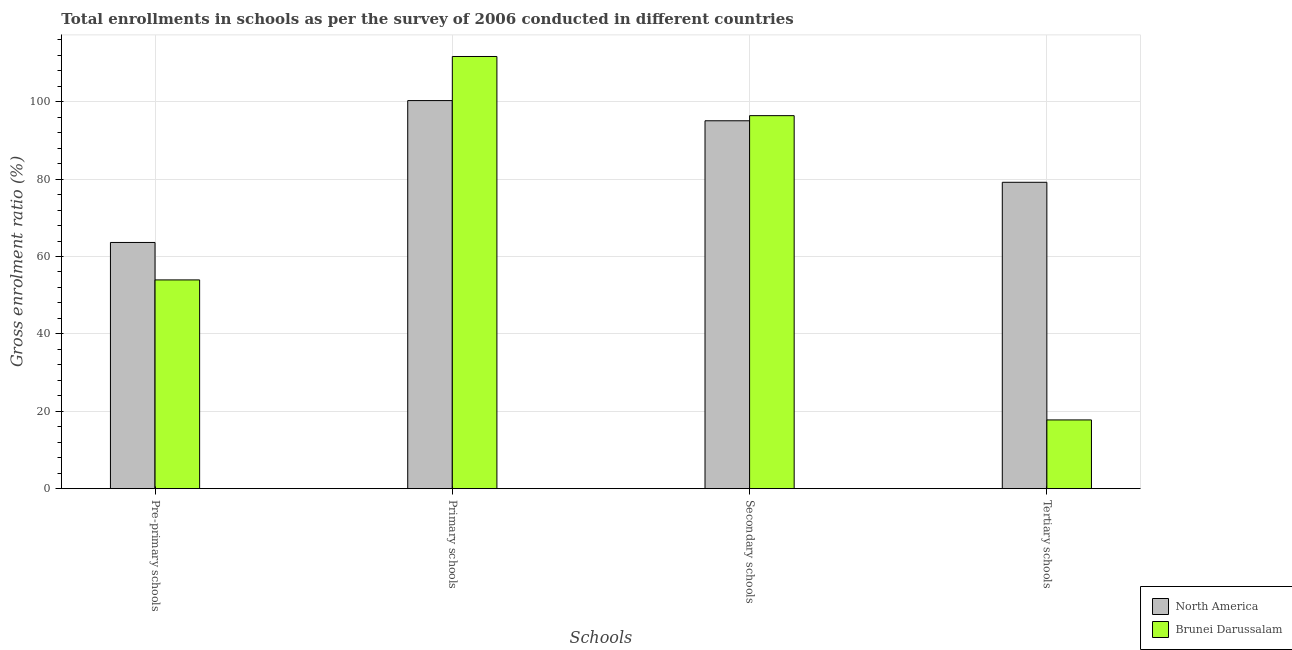
| Schools | North America | Brunei Darussalam |
 | --- | --- | --- |
 | Pre-primary schools | 63.6 | 53.9 |
 | Primary schools | 100 | 112 |
 | Secondary schools | 95.1 | 96.4 |
 | Tertiary schools | 79.2 | 17.8 |